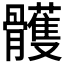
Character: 𩪭